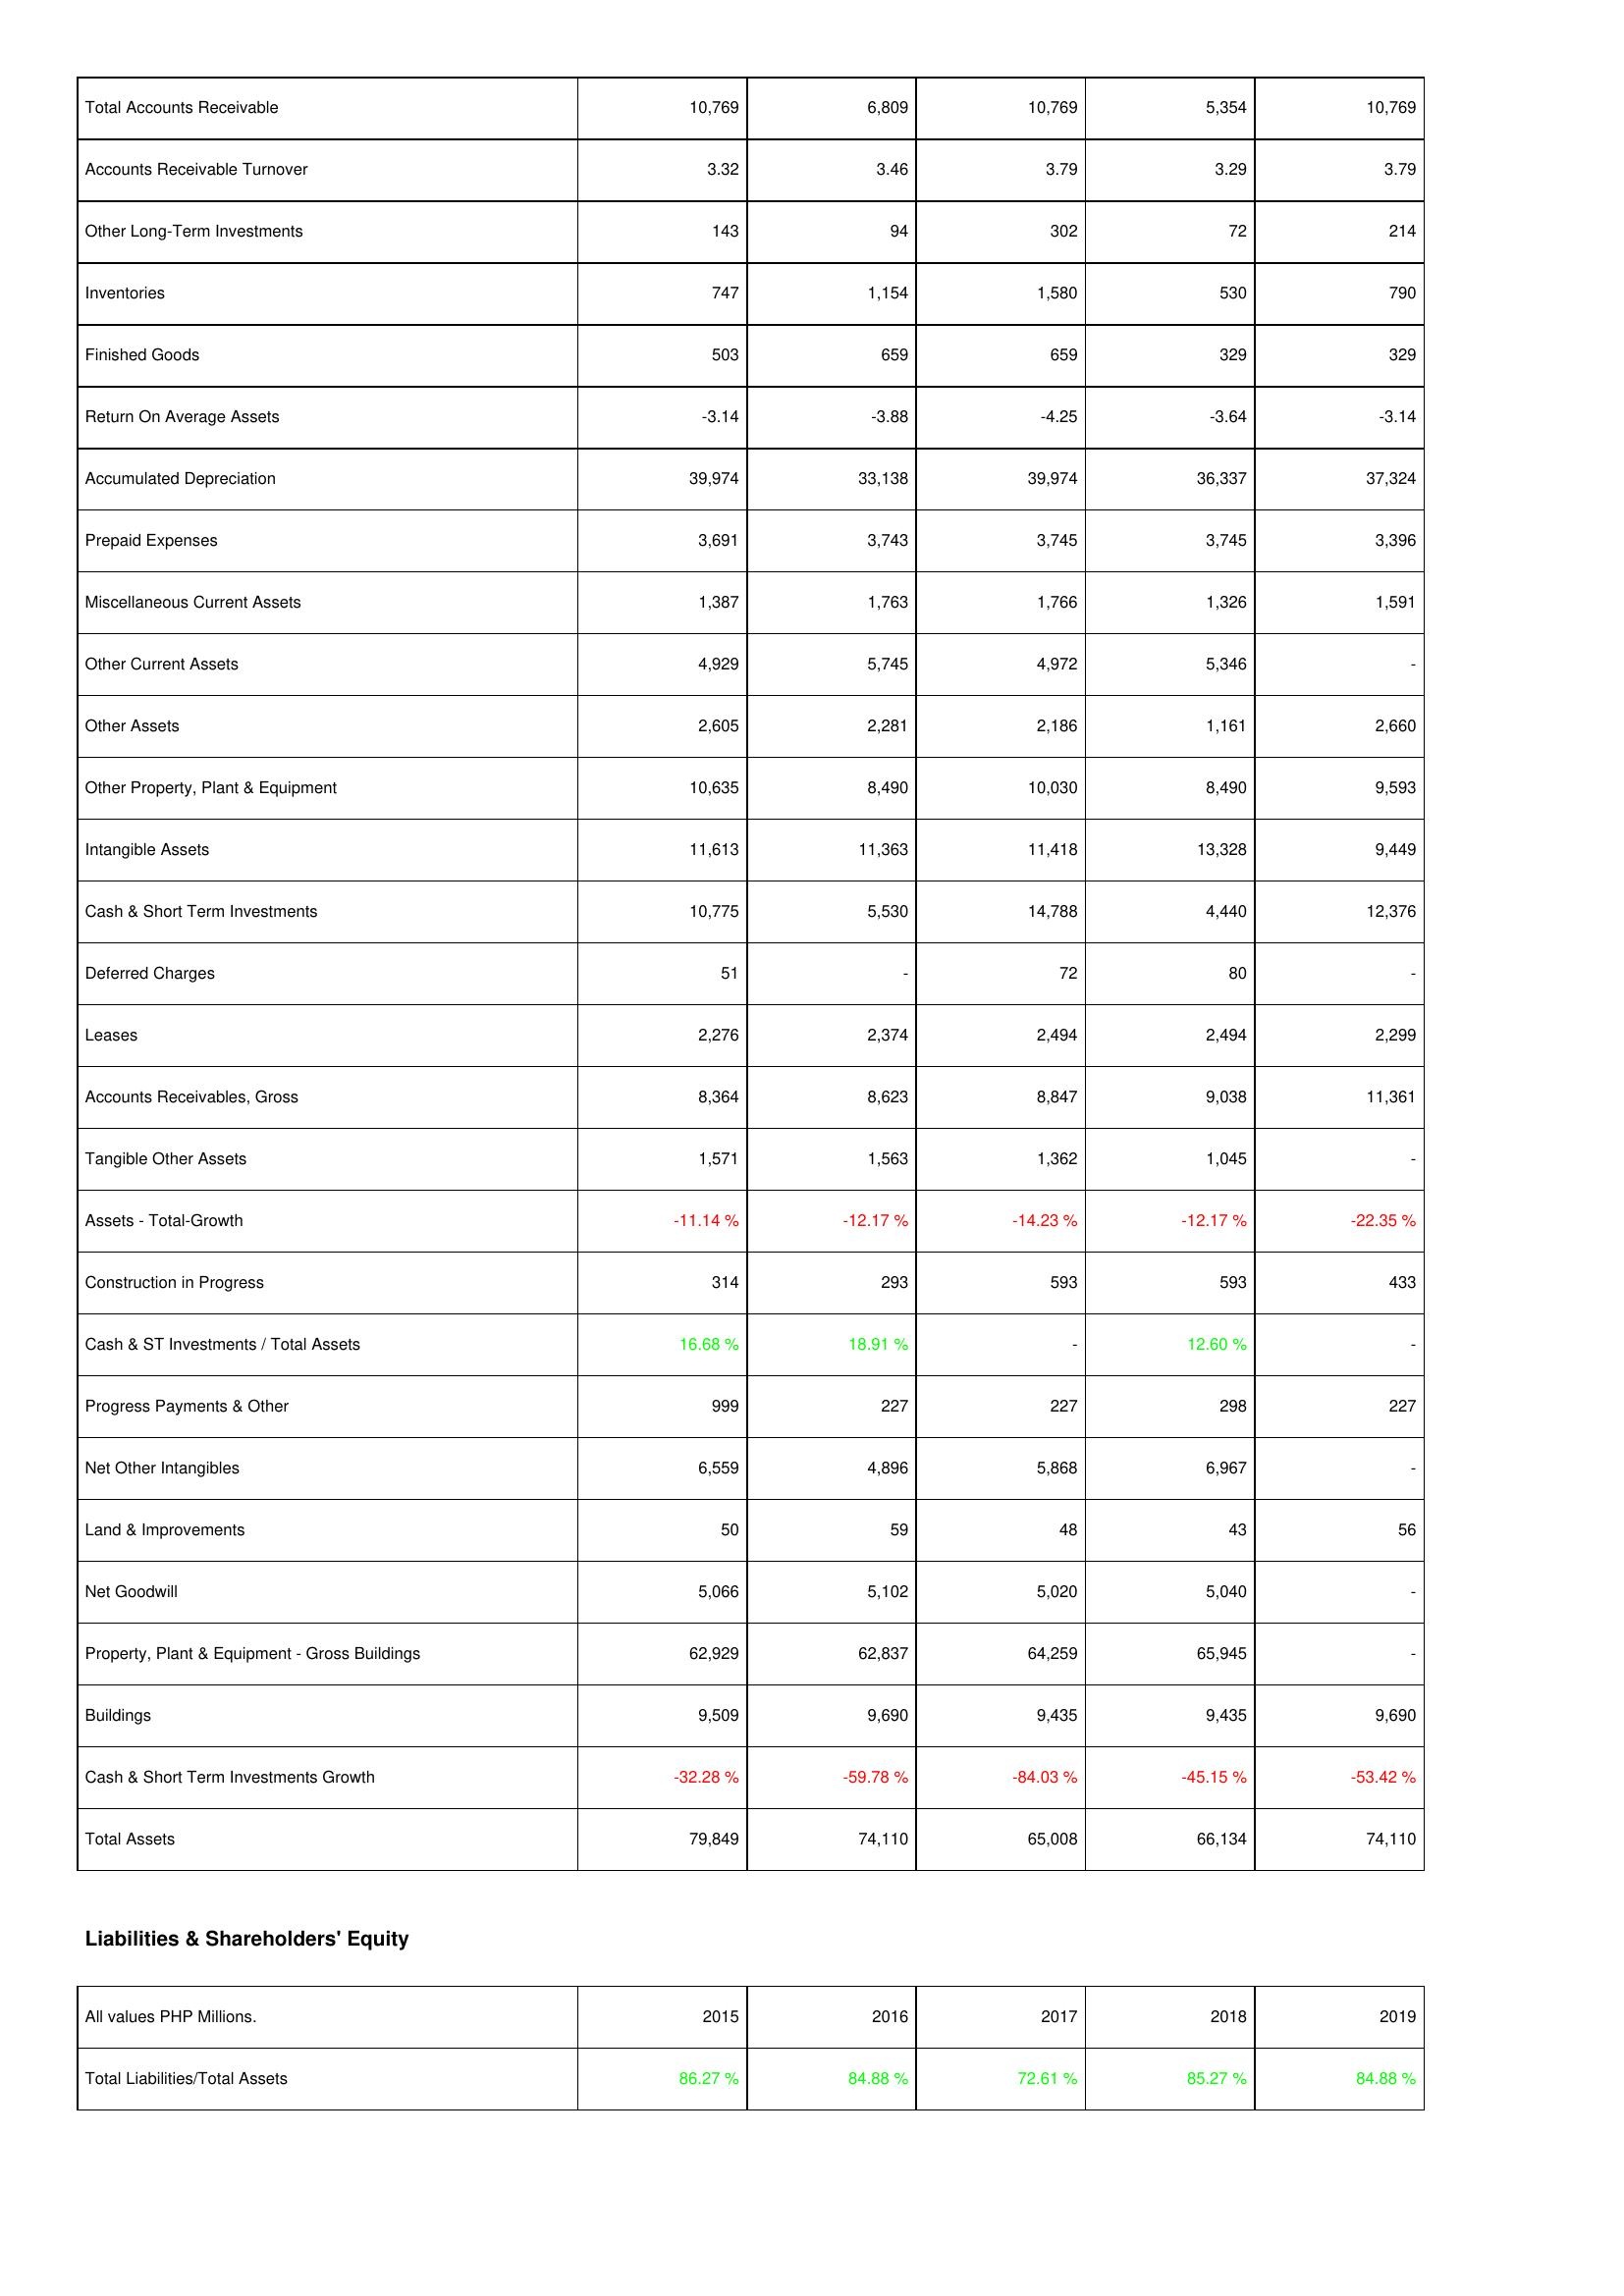
2015: Assets: Total Accounts Receivable: 10,769
Accounts Receivable Turnover: 3.32
Other Long-Term Investments: 143
Inventories: 747
Finished Goods: 503
Return On Average Assets: -3.14
Accumulated Depreciation: 39,974
Prepaid Expenses: 3,691
Miscellaneous Current Assets: 1,387
Other Current Assets: 4,929
Other Assets: 2,605
Other Property, Plant & Equipment: 10,635
Intangible Assets: 11,613
Cash & Short Term Investments: 10,775
Deferred Charges: 51
Leases: 2,276
Accounts Receivables, Gross: 8,364
Tangible Other Assets: 1,571
Assets - Total-Growth: -11.14 %
Construction in Progress: 314
Cash & ST Investments / Total Assets: 16.68 %
Progress Payments & Other: 999
Net Other Intangibles: 6,559
Land & Improvements: 50
Net Goodwill: 5,066
Property, Plant & Equipment - Gross Buildings: 62,929
Buildings: 9,509
Cash & Short Term Investments Growth: -32.28 %
Total Assets: 79,849
Liabilities & Shareholders' Equity: Total Liabilities/Total Assets: 86.27 %
2016: Assets: Total Accounts Receivable: 6,809
Accounts Receivable Turnover: 3.46
Other Long-Term Investments: 94
Inventories: 1,154
Finished Goods: 659
Return On Average Assets: -3.88
Accumulated Depreciation: 33,138
Prepaid Expenses: 3,743
Miscellaneous Current Assets: 1,763
Other Current Assets: 5,745
Other Assets: 2,281
Other Property, Plant & Equipment: 8,490
Intangible Assets: 11,363
Cash & Short Term Investments: 5,530
Deferred Charges: -
Leases: 2,374
Accounts Receivables, Gross: 8,623
Tangible Other Assets: 1,563
Assets - Total-Growth: -12.17 %
Construction in Progress: 293
Cash & ST Investments / Total Assets: 18.91 %
Progress Payments & Other: 227
Net Other Intangibles: 4,896
Land & Improvements: 59
Net Goodwill: 5,102
Property, Plant & Equipment - Gross Buildings: 62,837
Buildings: 9,690
Cash & Short Term Investments Growth: -59.78 %
Total Assets: 74,110
Liabilities & Shareholders' Equity: Total Liabilities/Total Assets: 84.88 %
2017: Assets: Total Accounts Receivable: 10,769
Accounts Receivable Turnover: 3.79
Other Long-Term Investments: 302
Inventories: 1,580
Finished Goods: 659
Return On Average Assets: -4.25
Accumulated Depreciation: 39,974
Prepaid Expenses: 3,745
Miscellaneous Current Assets: 1,766
Other Current Assets: 4,972
Other Assets: 2,186
Other Property, Plant & Equipment: 10,030
Intangible Assets: 11,418
Cash & Short Term Investments: 14,788
Deferred Charges: 72
Leases: 2,494
Accounts Receivables, Gross: 8,847
Tangible Other Assets: 1,362
Assets - Total-Growth: -14.23 %
Construction in Progress: 593
Cash & ST Investments / Total Assets: -
Progress Payments & Other: 227
Net Other Intangibles: 5,868
Land & Improvements: 48
Net Goodwill: 5,020
Property, Plant & Equipment - Gross Buildings: 64,259
Buildings: 9,435
Cash & Short Term Investments Growth: -84.03 %
Total Assets: 65,008
Liabilities & Shareholders' Equity: Total Liabilities/Total Assets: 72.61 %
2018: Assets: Total Accounts Receivable: 5,354
Accounts Receivable Turnover: 3.29
Other Long-Term Investments: 72
Inventories: 530
Finished Goods: 329
Return On Average Assets: -3.64
Accumulated Depreciation: 36,337
Prepaid Expenses: 3,745
Miscellaneous Current Assets: 1,326
Other Current Assets: 5,346
Other Assets: 1,161
Other Property, Plant & Equipment: 8,490
Intangible Assets: 13,328
Cash & Short Term Investments: 4,440
Deferred Charges: 80
Leases: 2,494
Accounts Receivables, Gross: 9,038
Tangible Other Assets: 1,045
Assets - Total-Growth: -12.17 %
Construction in Progress: 593
Cash & ST Investments / Total Assets: 12.60 %
Progress Payments & Other: 298
Net Other Intangibles: 6,967
Land & Improvements: 43
Net Goodwill: 5,040
Property, Plant & Equipment - Gross Buildings: 65,945
Buildings: 9,435
Cash & Short Term Investments Growth: -45.15 %
Total Assets: 66,134
Liabilities & Shareholders' Equity: Total Liabilities/Total Assets: 85.27 %
2019: Assets: Total Accounts Receivable: 10,769
Accounts Receivable Turnover: 3.79
Other Long-Term Investments: 214
Inventories: 790
Finished Goods: 329
Return On Average Assets: -3.14
Accumulated Depreciation: 37,324
Prepaid Expenses: 3,396
Miscellaneous Current Assets: 1,591
Other Current Assets: -
Other Assets: 2,660
Other Property, Plant & Equipment: 9,593
Intangible Assets: 9,449
Cash & Short Term Investments: 12,376
Deferred Charges: -
Leases: 2,299
Accounts Receivables, Gross: 11,361
Tangible Other Assets: -
Assets - Total-Growth: -22.35 %
Construction in Progress: 433
Cash & ST Investments / Total Assets: -
Progress Payments & Other: 227
Net Other Intangibles: -
Land & Improvements: 56
Net Goodwill: -
Property, Plant & Equipment - Gross Buildings: -
Buildings: 9,690
Cash & Short Term Investments Growth: -53.42 %
Total Assets: 74,110
Liabilities & Shareholders' Equity: Total Liabilities/Total Assets: 84.88 %